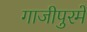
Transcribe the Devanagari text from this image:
गाजीपुरमें